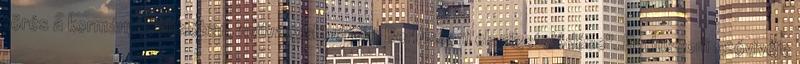
törés a kormánykoalícióban, nyilvánvalóvá vált Berlusconi elszigetelődése". Berlusconi szóvivője